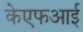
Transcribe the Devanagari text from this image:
केएफआई